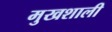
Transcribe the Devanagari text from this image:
मुखशाली